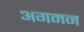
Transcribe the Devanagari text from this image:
अगमन